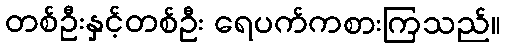
တစ်ဦးနှင့်တစ်ဦး ရေပက်ကစားကြသည်။